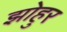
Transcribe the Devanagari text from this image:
झोहुर